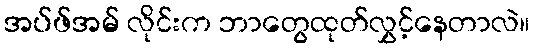
အပ်ဖ်အမ် လိုင်းက ဘာတွေထုတ်လွှင့်နေတာလဲ။